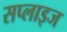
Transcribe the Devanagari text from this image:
सप्लाइज